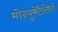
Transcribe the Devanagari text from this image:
मोन्युमेंटैलिटी